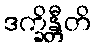
ဒက္ခိန္တီတိ